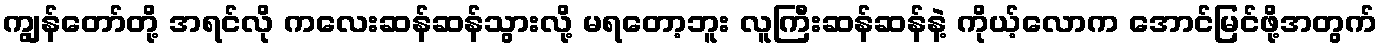
ကျွန်တော်တို့ အရင်လို ကလေးဆန်ဆန်သွားလို့ မရတော့ဘူး လူကြီးဆန်ဆန်နဲ့ ကိုယ့်လောက အောင်မြင်ဖို့အတွက်